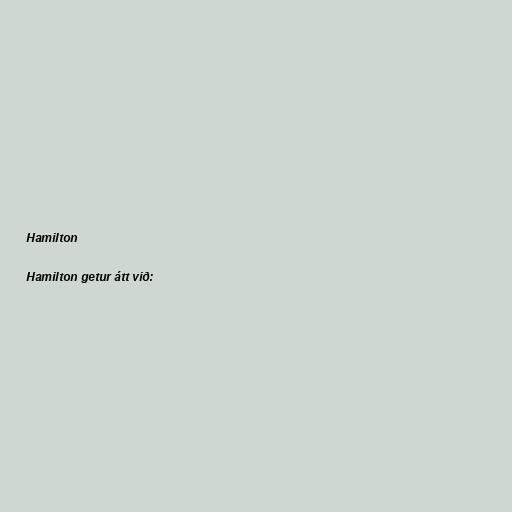
Hamilton

Hamilton getur átt við: